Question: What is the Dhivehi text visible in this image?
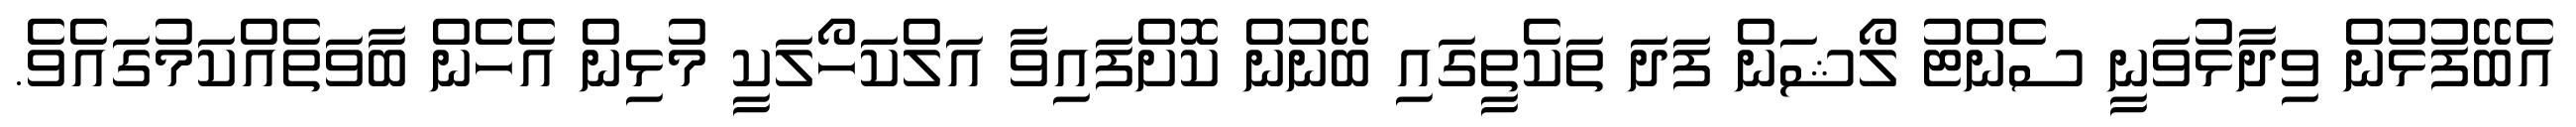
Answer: އެބޭފުޅުން ވިދާޅުވަނީ ސެންޓު ލޯޝަން ފަދަ ތަކެތީގައި ބޭނުން ކޮށްފައިވާ އަލްކަހޯލަކީ މުޅިން އެހެން ބާވަތެއްކަމުގައެވެ.